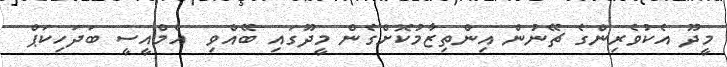
މީދޫ އެކުވެރިންގެ ޗޭނުން އިންތިޒާމުކޮށްގެން މީދޫގައި ބޭއްވި  އެމްއީސީ ބަދަހިކަޕް